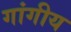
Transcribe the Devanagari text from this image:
गांगीय